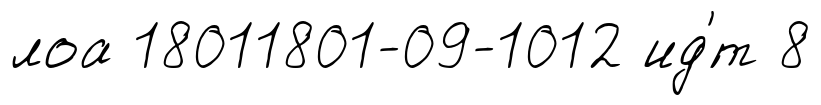
лоа 18011801-09-1012 ид'́т 8